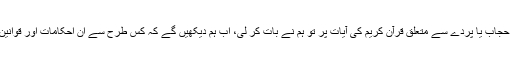
پردے کے احکامات اور معاشرہ حجاب یا پردے سے متعلق قرآن کریم کی آیات پر تو ہم نے بات کر لی، اب ہم دیکھیں گے کہ کس طرح سے ان احکامات اور قوانین کو معاشرے میں نافذ کیا جائے۔